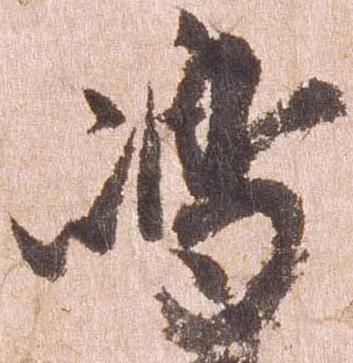
島